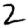
Digit: 2